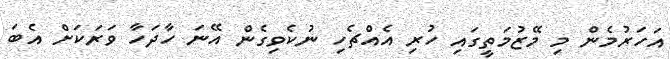
އަހަރުމެން މި މޭޒުމަތީގައި ހުރި އެއްޗެހި ނުކެވިގެން އޭނަ ހާދަހާ ވަރަކަށް އެބަ